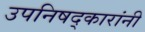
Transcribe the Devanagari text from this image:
उपनिषद्‌कारांनी